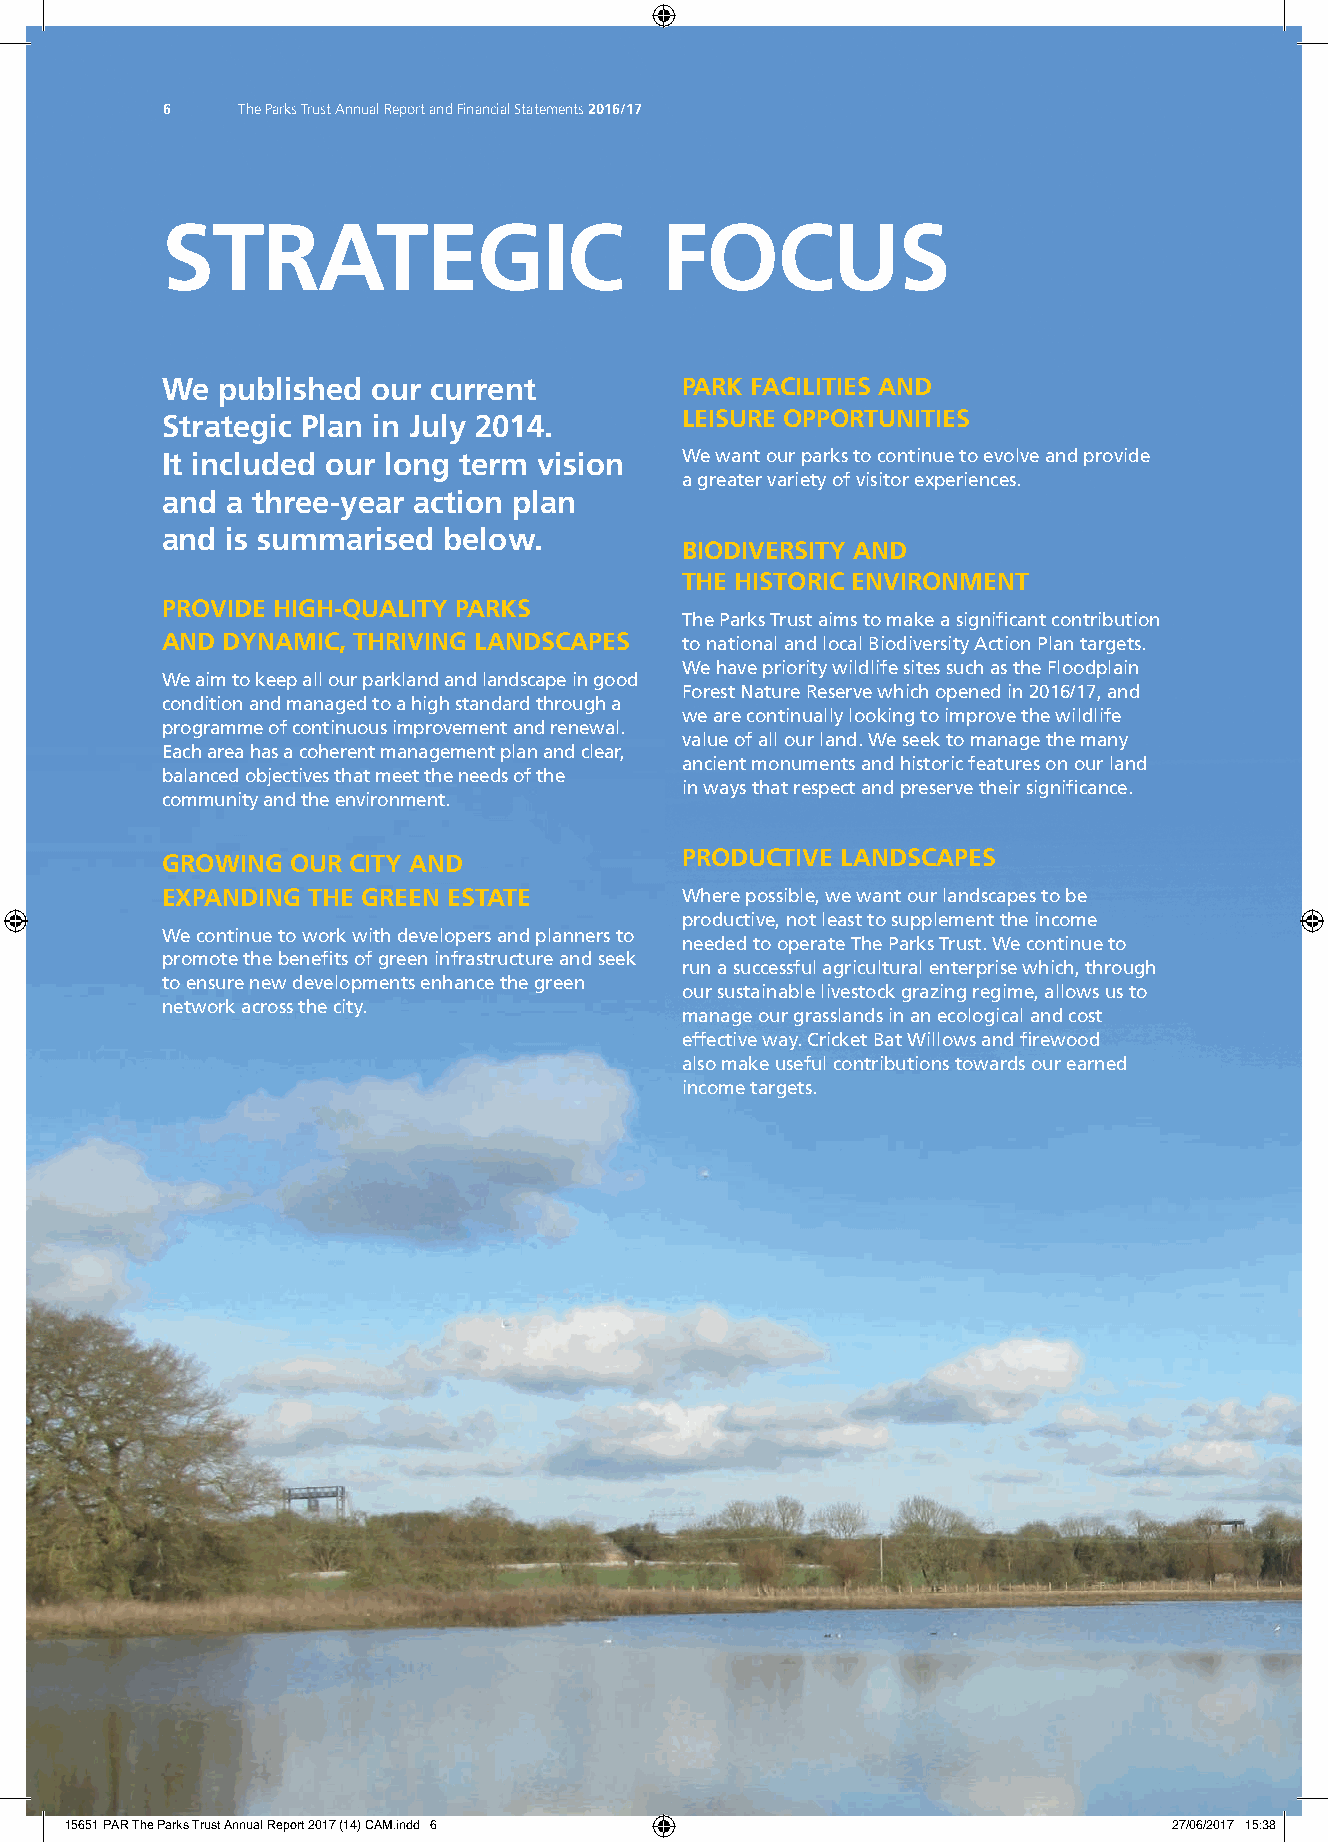
6    The Parks Trust Annual Report and Financial Statements 2016/17
 STRATEGIC                        FOCUS
 We published  our current         PARK FACILITIES AND
 Strategic Plan in July 2014.      LEISURE OPPORTUNITIES
 It included our long term vision  We want our parks to continue to evolve and provide
 a greater variety of visitor experiences.
 and a three-year action plan
 and is summarised below.
 BIODIVERSITY AND
 THE HISTORIC ENVIRONMENT
 PROVIDE HIGH-QUALITY PARKS
 The Parks Trust aims to make a signifi cant contribution
 AND DYNAMIC, THRIVING LANDSCAPES  to national and local Biodiversity Action Plan targets.
 We have priority wildlife sites such as the Floodplain
 We aim to keep all our parkland and landscape in good
 Forest Nature Reserve which opened in 2016/17, and
 condition and managed to a high standard through a
 we are continually looking to improve the wildlife
 programme of continuous improvement and renewal.
 value of all our land. We seek to manage the many
 Each area has a coherent management plan and clear,
 ancient monuments and historic features on our land
 balanced objectives that meet the needs of the
 in ways that respect and preserve their signifi cance.
 community and the environment.
 GROWING OUR CITY AND              PRODUCTIVE LANDSCAPES
 EXPANDING THE GREEN ESTATE        Where possible, we want our landscapes to be
 productive, not least to supplement the income
 We continue to work with developers and planners to
 needed to operate The Parks Trust. We continue to
 promote the benefi ts of green infrastructure and seek
 run a successful agricultural enterprise which, through
 to ensure new developments enhance the green
 our sustainable livestock grazing regime, allows us to
 network across the city.
 manage our grasslands in an ecological and cost
 effective way. Cricket Bat Willows and fi rewood
 also make useful contributions towards our earned
 income targets.
 15651 PAR The Parks Trust Annual Report 2017 (14) CAM.indd 6              27/06/2017 15:38